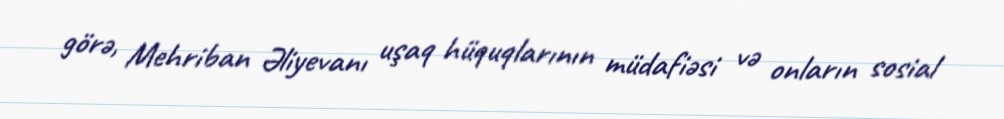
görə, Mehriban Əliyevanı uşaq hüquqlarının müdafiəsi və onların sosial